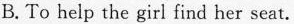
B. To help the girl find her seat.